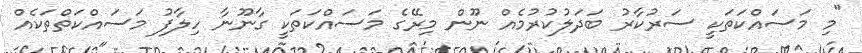
"މި މަސައްކަތަކީ ސަރުކާރު ބަދަލުކުރުމެއް ނޫން މިރޭގެ މަސައްކަތަކީ ގާނޫނާ ހިލާފު މަސައްކަތްތަކެއް